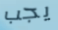
يجب